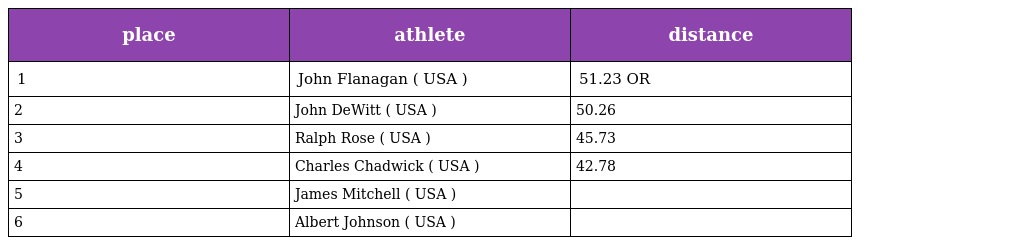
| place | athlete | distance |
 | --- | --- | --- |
 | 1 | John Flanagan ( USA ) | 51.23 OR |
 | 2 | John DeWitt ( USA ) | 50.26 |
 | 3 | Ralph Rose ( USA ) | 45.73 |
 | 4 | Charles Chadwick ( USA ) | 42.78 |
 | 5 | James Mitchell ( USA ) |  |
 | 6 | Albert Johnson ( USA ) |  |